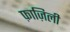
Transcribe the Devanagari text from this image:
फ़ाज़िली